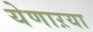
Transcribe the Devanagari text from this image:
येणाऱया